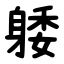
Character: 躷